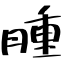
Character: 腫